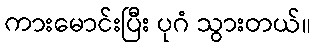
ကားမောင်းပြီး ပုဂံ သွားတယ်။